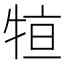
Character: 𤙫